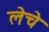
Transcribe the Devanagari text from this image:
लेचे